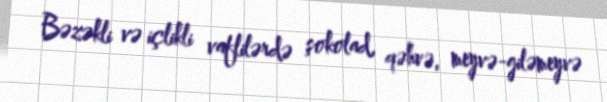
Bəzəkli və içlikli vaflilərdə şokolad, qəhvə, meyvə-giləmeyvə